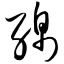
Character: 绵